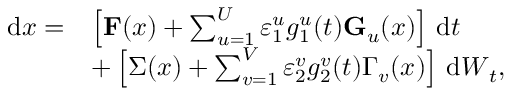
\begin{array} { r l } { \, \mathrm { d } \boldsymbol { x } = } & { \left[ \mathbf { F } ( \boldsymbol { x } ) + \sum _ { u = 1 } ^ { U } \varepsilon _ { 1 } ^ { u } g _ { 1 } ^ { u } ( t ) \mathbf { G } _ { u } ( \boldsymbol { x } ) \right] \, \mathrm { d } t } \\ & { + \left[ \boldsymbol { \Sigma } ( \boldsymbol { x } ) + \sum _ { v = 1 } ^ { V } \varepsilon _ { 2 } ^ { v } g _ { 2 } ^ { v } ( t ) \Gamma _ { v } ( \boldsymbol { x } ) \right] \, \mathrm { d } { \boldsymbol { W } _ { t } } , } \end{array}